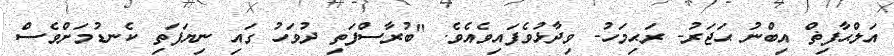
އަލްޙާފިޡް އިބްނު ޙަޖަރު- ރަޙިމަހު- ވިދާޅުވެފައިވެއެވެ. "ބުރާސްފަތި ދުވަހު ގައި ނިޔަފަތި ކެނޑުމަށްވެސް